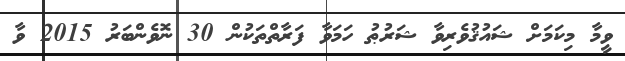
ވީމާ މިކަމަށް ޝައުޤުވެރިވާ ޝަރުޠު ހަމަވާ ފަރާތްތަކުން 30 ނޮވެންބަރު 2015 ވާ